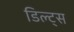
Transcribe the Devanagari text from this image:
डिल्ट्स